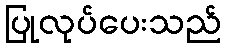
ပြုလုပ်ပေးသည်